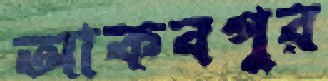
আকবপুর